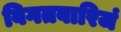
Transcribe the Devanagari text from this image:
विगतवारिजं